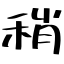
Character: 稍